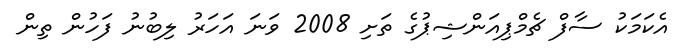
އެކަމަކު ސާފް ޗެމްޕިއަންޝިޕުގެ ތަށި 2008 ވަނަ އަހަރު ލިބުނު ފަހުން ތިން